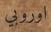
اوروبي